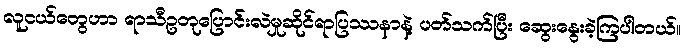
လူငယ်တွေဟာ ရာသီဥတုပြောင်းလဲမှုဆိုင်ရာပြဿနာနဲ့ ပတ်သက်ပြီး ဆွေးနွေးခဲ့ကြပါတယ်။